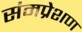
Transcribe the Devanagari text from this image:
संमप्रेशण